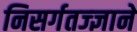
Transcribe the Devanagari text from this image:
निसर्गतज्‍ज्ञाने